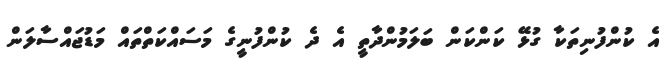
އެ ކުންފުނިތަކާ ގުޅޭ ކަންކަން ބަލަމުންދާތީ އެ ދެ ކުންފުނީގެ މަސައްކަތްތައް މަޑުޖައްސާލަން